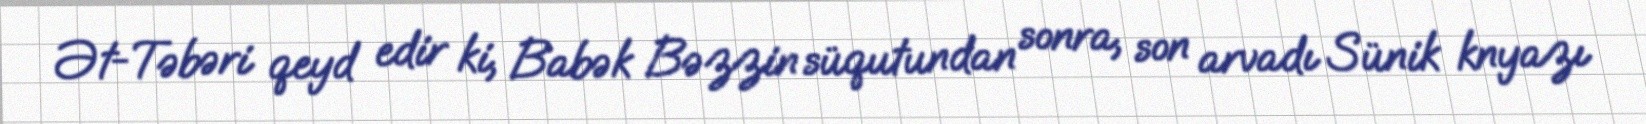
Ət-Təbəri qeyd edir ki, Babək Bəzzin süqutundan sonra, son arvadı Sünik knyazı